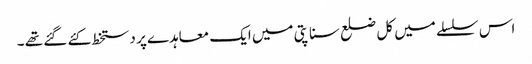
اس سلسلے میں کل ضلع سناپتی میں ایک معاہدے پر دستخط کئے گئے تھے ۔